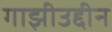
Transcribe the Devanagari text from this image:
गाझीउद्दीन